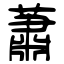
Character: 蕭